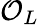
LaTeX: {\mathcal{O}}_{L}